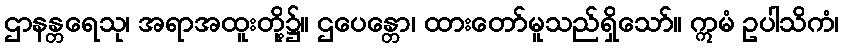
ဌာနန္တရေသု၊ အရာအထူးတို့၌။ ဌပေန္တော၊ ထားတော်မူသည်ရှိသော်။ ဣမံ ဥပါသိကံ၊